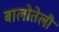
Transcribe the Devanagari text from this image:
बालोतेली